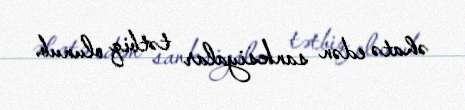
əhatə edən sanksiyalar tətbiq olunub.